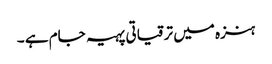
ہنزہ میں ترقیاتی پہیہ جام ہے ۔